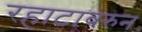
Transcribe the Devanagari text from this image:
रहाटावरुन